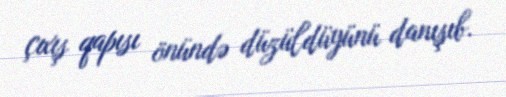
çıxış qapısı önündə düzüldüyünü danışıb.